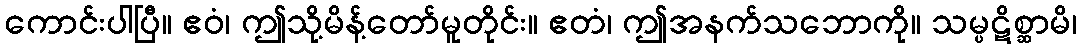
ကောင်းပါပြီ။ ဧဝံ၊ ဤသို့မိန့်တော်မူတိုင်း။ ဧတံ၊ ဤအနက်သဘောကို။ သမ္ပဋိစ္ဆာမိ၊